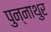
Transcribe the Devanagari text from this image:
पुन्नाथुर